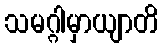
သမဂ္ဂါမှာယျာတိ